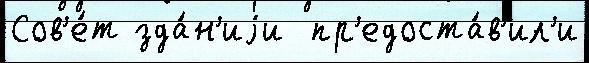
Сов'е́т зда́н'иjи  пр'едоста́в'ил'и